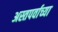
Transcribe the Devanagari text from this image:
अस्तपर्वाच्या